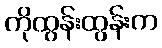
ကိုထွန်းထွန်းက